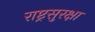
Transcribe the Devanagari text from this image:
राष्ट्रसुरक्षा